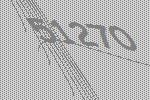
51270